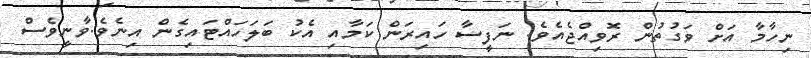
ނިހާމާ އަށް ވަގުތުން ރޮވިއްޖެއެވެ. ނަފީސާ ހައިރަން ކަމާއި އެކު ބަލަހައްޓައިގެން އިނެވެ.ވާނީވެސް